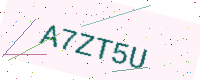
Text: A7ZT5U